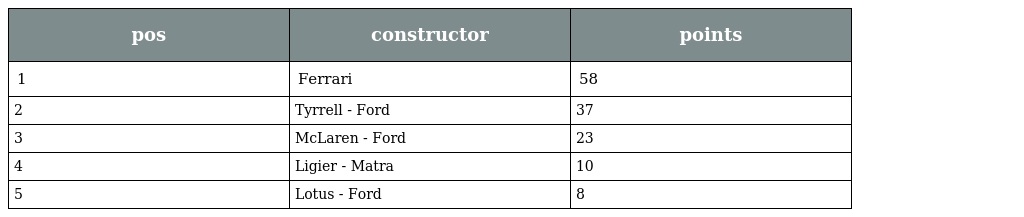
| pos | constructor | points |
 | --- | --- | --- |
 | 1 | Ferrari | 58 |
 | 2 | Tyrrell - Ford | 37 |
 | 3 | McLaren - Ford | 23 |
 | 4 | Ligier - Matra | 10 |
 | 5 | Lotus - Ford | 8 |